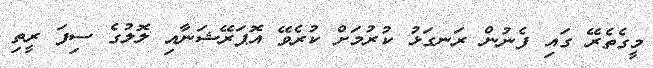
މީގެތެރޭ ގައި ފެނުން ރަނގަޅު ކުރުމަށް ކުރެވޭ އޮޕަރޭޝަނާއި ލޮލުގެ ސިފަ ރީތި